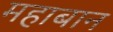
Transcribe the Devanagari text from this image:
महाबान